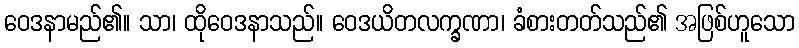
ဝေဒနာမည်၏။ သာ၊ ထိုဝေဒနာသည်။ ဝေဒယိတလက္ခဏာ၊ ခံစားတတ်သည်၏ အဖြစ်ဟူသော